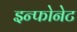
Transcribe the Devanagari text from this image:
इन्फोनेट